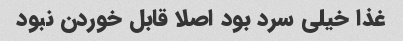
غذا خیلی سرد بود اصلا قابل خوردن نبود